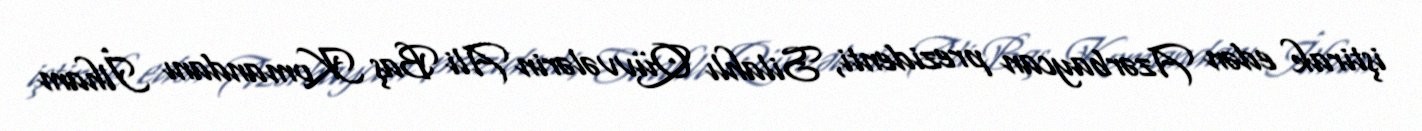
iştirak edən Azərbaycan prezidenti, Silahlı Qüvvələrin Ali Baş Komandanı İlham